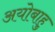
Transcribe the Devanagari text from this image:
अयोबाहु